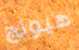
هيونج